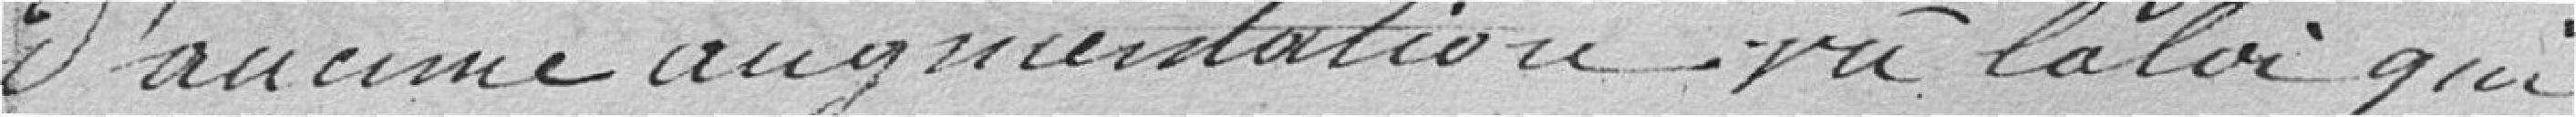
d'aucune augmentation vû la loi qui